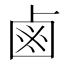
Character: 鹵